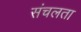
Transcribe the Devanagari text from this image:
संचलता